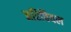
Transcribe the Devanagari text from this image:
अरिवियल